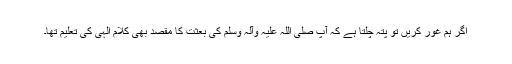
اگر ہم غور کریں تو پتہ چلتا ہے کہ آپ صلی اللہ علیہ وآلہ وسلم کی بعثت کا مقصد بھی کلامِ الٰہی کی تعلیم تھا۔